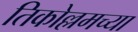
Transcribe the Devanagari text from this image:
तिकोल्लमच्या